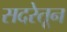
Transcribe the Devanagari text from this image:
सदरेतून